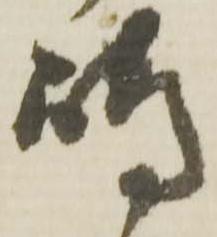
嶋